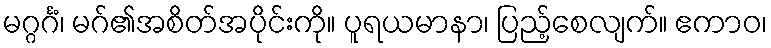
မဂ္ဂင်္ဂံ၊ မဂ်၏အစိတ်အပိုင်းကို။ ပူရယမာနာ၊ ပြည့်စေလျက်။ ဧကာဝ၊